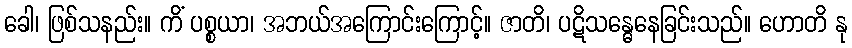
ခေါ၊ ဖြစ်သနည်း။ ကိံ ပစ္စယာ၊ အဘယ်အကြောင်းကြောင့်။ ဇာတိ၊ ပဋိသန္ဓေနေခြင်းသည်။ ဟောတိ နု